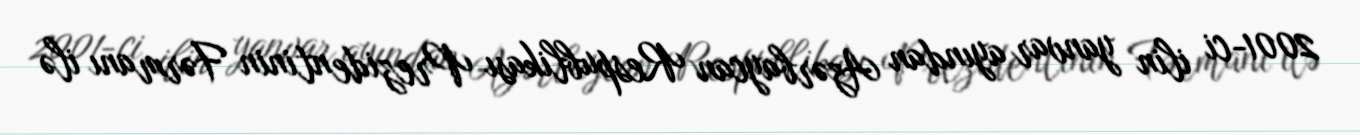
2001-ci ilin yanvar ayından Azərbaycan Respublikası Prezidentinin Fərmanı ilə